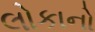
લોકાનો